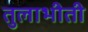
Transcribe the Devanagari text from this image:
तुलाभीती